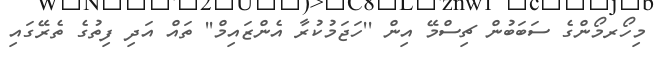
މިހޯރމޯންގެ ސަބަބުން ޗިސްމޭ އިން ''ހަޖަމުކުރާ އެންޒައިމް'' ތައް އަދި ފިތުގެ ތެރޭގައި